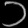
Digit: ၁